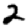
Digit: 2